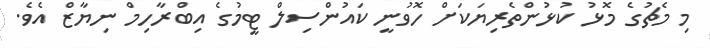
މި މެޗުގެ މޮޅު ކުޅުންތެރިޔަކަށް ހޮވުނީ ކައުންސިލް ޓީމުގެ އިބްރާހިމް ނިޔާޒް އެވެ.